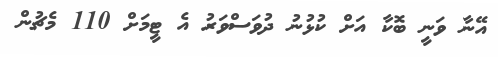
އޭނާ ވަނީ ބޮކާ އަށް ކުޅުނު ދުވަސްވަރު އެ ޓީމަށް 110 މެޗުން